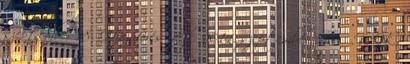
szeptember 18. Hozzáférés ideje: 2014. szeptember 18. ↑ „WHO